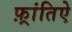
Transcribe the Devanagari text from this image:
फ़्रांतिऐ